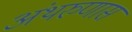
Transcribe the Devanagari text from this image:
अंथरुणास